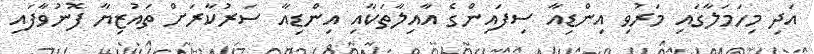
އަދި މިހަމަލާގައި މަރުވި އިންޑިއާ ސިފައިންގެ އާއިލާތަކާއި އިންޑިއާ ސަރުކާރަށް ތައުޒިޔާ ފޮނުވާފައި